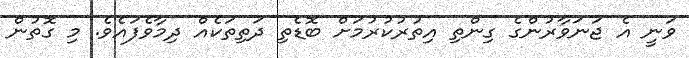
ވަނީ އެ ޖަނަވާރުންގެ ގިންތި އިތުރުކުރުމަށް ބޮޑެތި ދަތިތަކެއް ދިމާވެފައެވެ. މި ގޮތުން